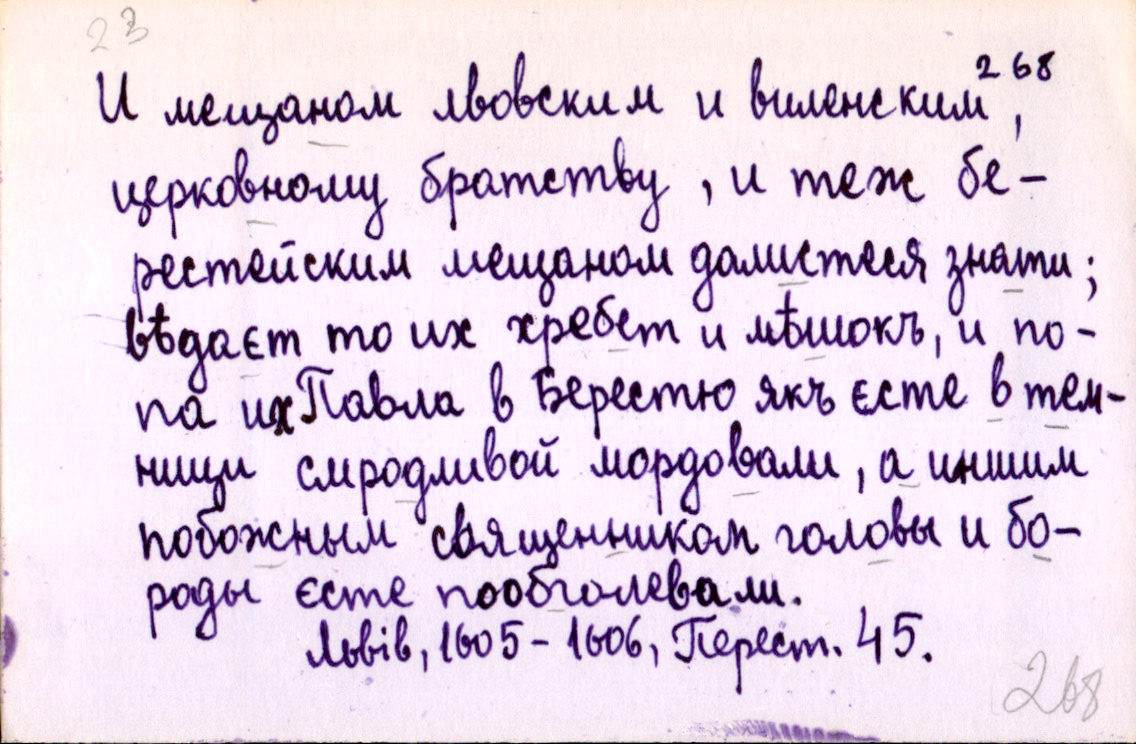
И мещаном лвовским и виленским,
церковному братству, и теж бе-
рестейским мещаном далистеся знати;
вѣдаєт то их хребет и мѣшокъ, и по-
па их Павла в Берестю якъ єсте в тем-
ници смродливой мордовали, а иншим
побожным священником головы и бо-
роды єсте пообголевали.
Львів, 1605-1606, Перест. 45.